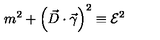
m ^ { 2 } + \left( \vec { D } \cdot \vec { \gamma } \right) ^ { 2 } \equiv { \cal E } ^ { 2 }